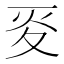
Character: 𡕢